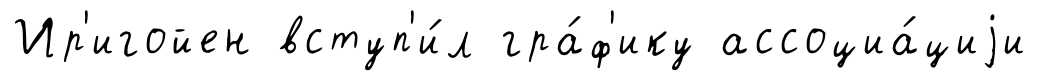
Ир'игойен вступ'и́л гра́ф'ику ассоциа́циjи